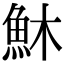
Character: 𩵦